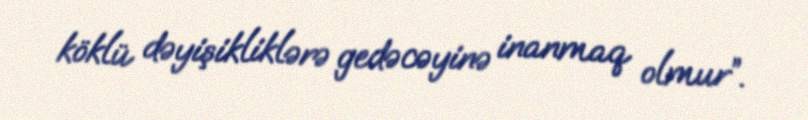
köklü dəyişikliklərə gedəcəyinə inanmaq olmur”.